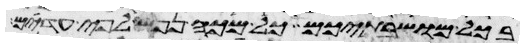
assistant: בכל מושבתיכם כל מכה נפש לפי עדים